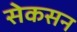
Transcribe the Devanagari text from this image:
सेकसन